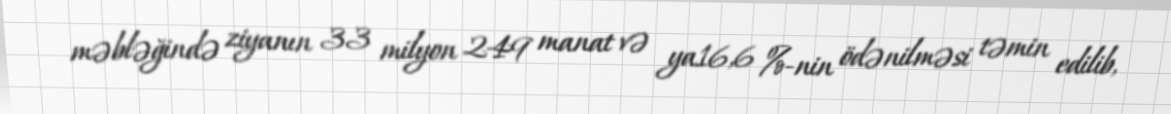
məbləğində ziyanın 33 milyon 249 manat və ya16,6 %-nin ödənilməsi təmin edilib,